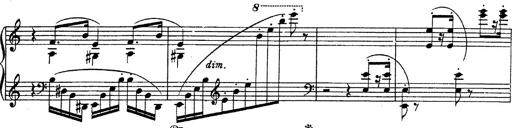
Title: Fantasie Ã¼ber Themen aus Mozarts Figaro und Don Giovanni
Composer: Franz Liszt